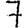
Digit: 7